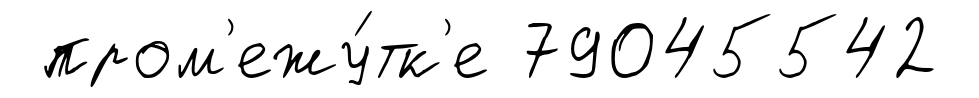
пром'ежу́тк'е 79045542